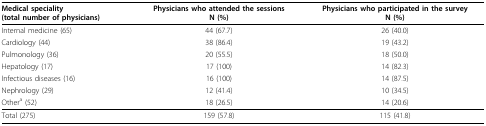
| Medical speciality(total number of physicians) | Physicians who attended the sessionsN (%) | Physicians who participated in the surveyN (%) |
 | --- | --- | --- |
 | Internal medicine (65) | 44 (67.7) | 26 (40.0) |
 | Cardiology (44) | 38 (86.4) | 19 (43.2) |
 | Pulmonology (36) | 20 (55.5) | 18 (50.0) |
 | Hepatology (17) | 17 (100) | 14 (82.3) |
 | Infectious diseases (16) | 16 (100) | 14 (87.5) |
 | Nephrology (29) | 12 (41.4) | 10 (34.5) |
 | Othera (52) | 18 (26.5) | 14 (20.6) |
 | Total (275) | 159 (57.8) | 115 (41.8) |